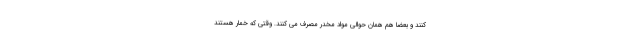
کنند و بعضا هم همان حوالی مواد مخدر مصرف می کنند. وقتی که خمار هستند